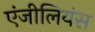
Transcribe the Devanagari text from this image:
एंजीलियंस